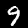
Digit: 9